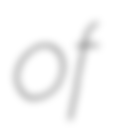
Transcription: of